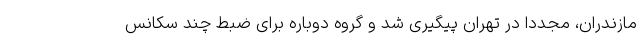
مازندران، مجددا در تهران پیگیری شد و گروه دوباره برای ضبط چند سکانس